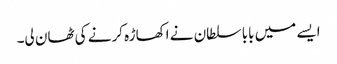
ایسے میں بابا سلطان نے اکھاڑہ کرنے کی ٹھان لی۔